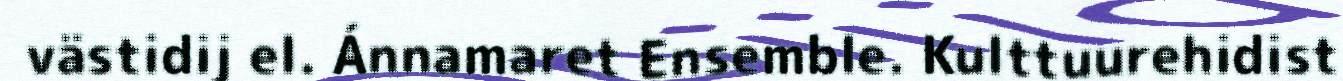
västidij el. Ánnamaret Ensemble. Kulttuurehidist